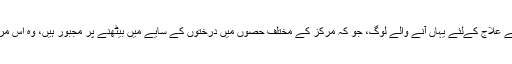
ایسے میں گردوں کی بیماریوں کے علاج کےلئے یہاں آنے والے لوگ، جو کہ مرکز کے مختلف حصوں میں درختوں کے سایے میں بیٹھنے پر مجبور ہیں، وہ اس مرکز کو ایک نعمت قرار دیتے ہیں۔